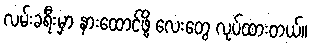
လမ်းခရီးမှာ နားထောင်ဖို့ လေးတွေ လုပ်ထားတယ်။